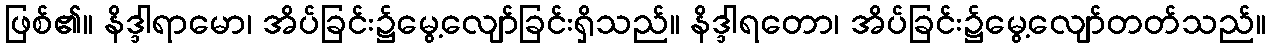
ဖြစ်၏။ နိဒ္ဒါရာမော၊ အိပ်ခြင်း၌မွေ့လျော်ခြင်းရှိသည်။ နိဒ္ဒါရတော၊ အိပ်ခြင်း၌မွေ့လျော်တတ်သည်။